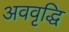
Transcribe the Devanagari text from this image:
अववृद्धि